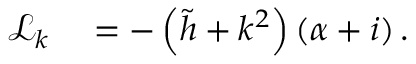
\begin{array} { r l } { \mathcal { L } _ { k } } & { { } = - \left( \tilde { h } + k ^ { 2 } \right) \left( \alpha + i \right) . } \end{array}